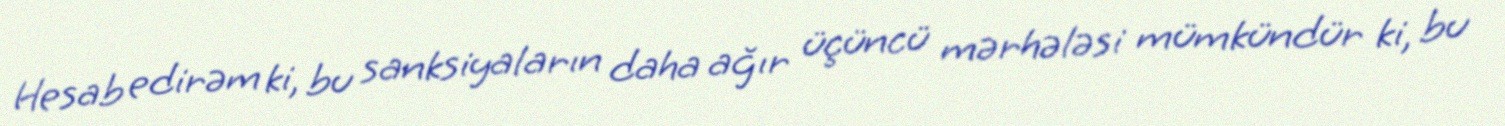
Hesab edirəm ki, bu sanksiyaların daha ağır üçüncü mərhələsi mümkündür ki, bu